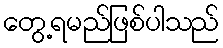
တွေ့ရမည်ဖြစ်ပါသည်